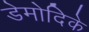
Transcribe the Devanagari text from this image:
डेमोदिके